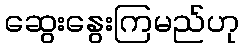
ဆွေးနွေးကြမည်ဟု